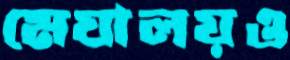
মেঘালয়ও